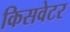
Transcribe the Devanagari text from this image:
किसवेटर